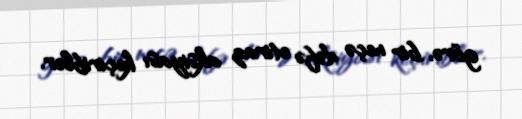
görə, bir neçə dəfə etiraz aksiyası keçiriblər.